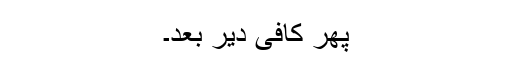
پھر کافی دیر بعد۔